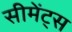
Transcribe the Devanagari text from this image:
सीमेंट्स